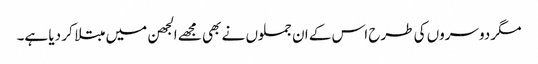
مگر دوسروں کی طرح اس کے ان جملوں نے بھی مجھے الجھن میں مبتلا کر دیا ہے۔